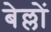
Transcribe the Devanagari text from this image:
बेल्लों